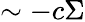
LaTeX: \sim-c\Sigma